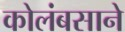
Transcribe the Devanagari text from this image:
कोलंबसाने